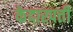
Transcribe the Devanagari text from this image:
केदारपत्ती